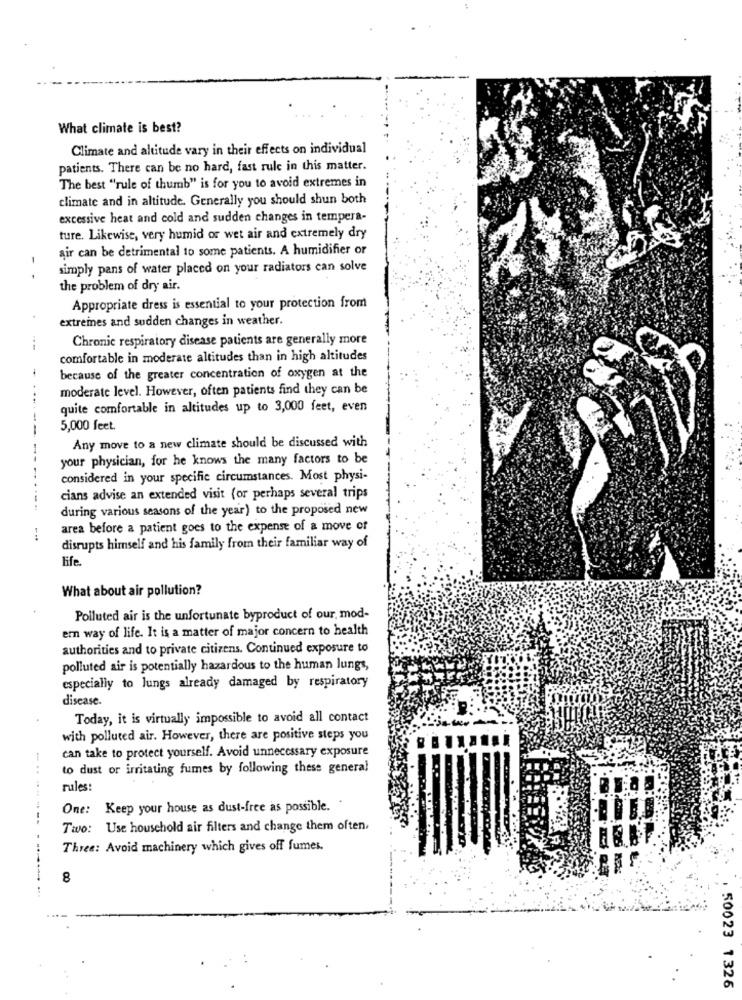
What climate is best?
Climate and altitude vary in their effects on individual
patients. There can be no hard, fast rule in this matter.
The best "rule of thumb" is for you to avoid extremes in
climate and in altitude. Generally you should shun both
excessive heat and cold and sudden changes in tempera-
ture. Likewise, very humid or wet air and extremely dry
air can be detrimental to some patients. A humidifier or
simply pans of water placed on your radiators can solve
- -
the problem of dry air.
Appropriate dress is essential to your protection from
extremes and sudden changes in weather.
Chronic respiratory disease patients are generally more
comfortable in moderate altitudes than in high altitudes
because of the greater concentration of oxygen at the
moderate level. However, often patients find they can be
quite comfortable in altitudes up to 3,000 feet, even
--
5,000 feet.
Any move to a new climate should be discussed with
your physician, for he knows the many factors to be
considered in your specific circumstances. Most physi-
cians advise an extended visit (or perhaps several trips
during various seasons of the year) to the proposed new
area before a patient goes to the expense of a move of
disrupts himself and his family from their familiar way of
life.
What about air pollution?
Polluted air is the unfortunate byproduct of our, mod-
ern way of life. It is a matter of major concern to health
authorities and to private citizens. Continued exposure to
polluted air is potentially hazardous to the human lungs,
especially to Jungs already damaged by respiratory
disease.
Today, it is virtually impossible to avoid all contact
with polluted air. However, there are positive steps you
can take to protect yourself. Avoid unnecessary exposure
to dust or irritating fumes by following these general
rules:
------
One: Keep your house as dust-free as possible. "
Two: Use household air filters and change them often.
Three: Avoid machinery which gives off fumes.
8
50023 1326